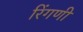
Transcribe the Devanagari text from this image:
रिंगणी